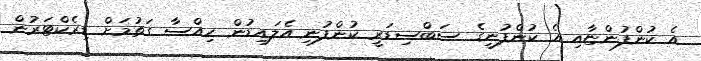
އެ ކުންފުންޏާއި އެ ކުންފުނީގެ ސަބްސިޑަރީ ކުންފުނި އެލައިޑުން ހިއްސާ ގަތުމަށް ޑިރެކްޓަރުން